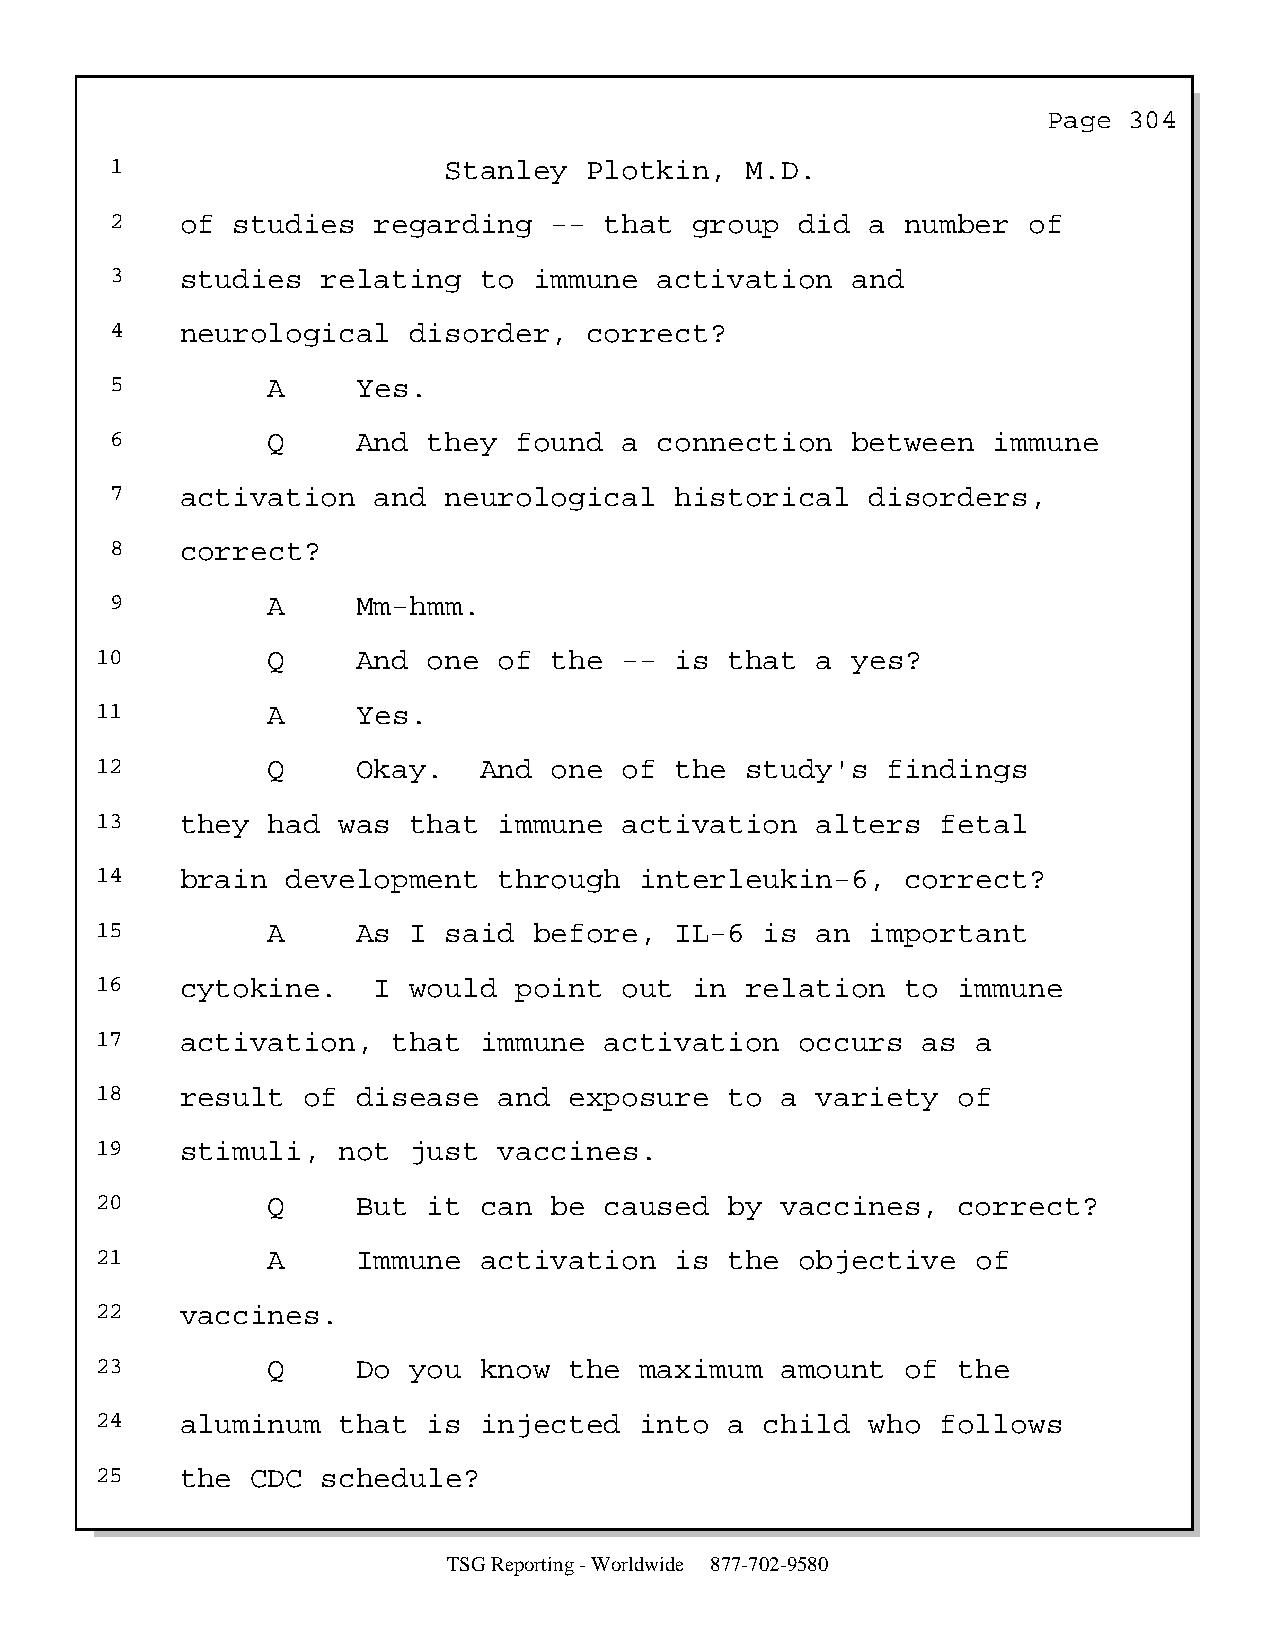
Page  304
 1                     Stanley   Plotkin,  M.D.
 2    of studies   regarding  --  that  group  did  a number  of
 3    studies  relating   to immune   activation  and
 4    neurological   disorder,   correct?
 5          A     Yes.
 6          Q     And they  found  a  connection  between   immune
 7    activation   and neurological    historical   disorders,
 8    correct?
 9          A     Mm-hmm.
 10          Q     And one  of the  --  is that  a yes?
 11          A     Yes.
 12          Q     Okay.   And one  of  the study's   findings
 13    they  had was  that  immune  activation   alters  fetal
 14    brain  development   through  interleukin-6,    correct?
 15          A     As I said  before,   IL-6  is an  important
 16    cytokine.    I would  point  out  in relation   to immune
 17    activation,   that  immune  activation   occurs  as  a
 18    result  of  disease  and  exposure  to  a variety  of
 19    stimuli,  not  just  vaccines.
 20          Q     But it  can be  caused  by  vaccines,  correct?
 21          A     Immune  activation   is the  objective   of
 22    vaccines.
 23          Q     Do you  know  the maximum   amount  of the
 24    aluminum  that  is  injected  into  a  child  who follows
 25    the  CDC schedule?
 TSG Reporting - Worldwide 877-702-9580